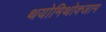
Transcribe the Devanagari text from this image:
थयोमिथोक्‍जाम